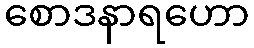
စောဒနာရဟော